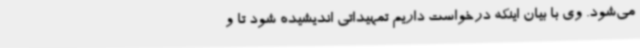
می‌شود. وی با بیان اینکه درخواست داریم تمهیداتی اندیشیده شود تا و